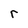
Character: r